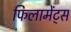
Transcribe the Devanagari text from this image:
फिलामेंट्स